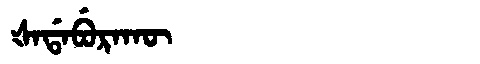
Manchu: ᡧᠠᡩᠠᠪᡠᡵᠠᡴᡡ
Romanization: ŠADABURAKŪ